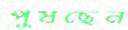
পুষছেন